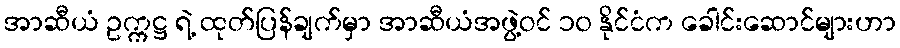
အာဆီယံ ဥက္ကဋ္ဌ ရဲ့ ထုတ်ပြန်ချက်မှာ အာဆီယံအဖွဲ့ဝင် ၁၀ နိုင်ငံက ခေါင်းဆောင်များဟာ